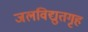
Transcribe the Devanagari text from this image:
जलविद्युतगृह